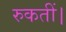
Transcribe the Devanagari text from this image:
रुकतीं।